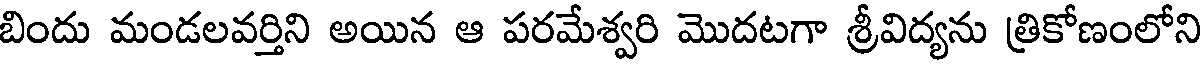
బిందు మండలవర్తిని అయిన ఆ పరమేశ్వరి మొదటగా శ్రీవిద్యను త్రికోణంలోని